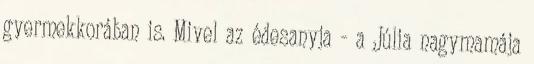
gyermekkorában is. Mivel az édesanyja - a Júlia nagymamája